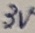
Text: 3V